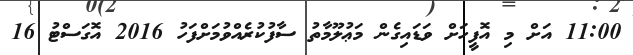
11:00 އަށް މި އޮފީހަށް ވަޑައިގެން މަޢުލޫމާތު ސާފުކުރެއްވުމަށްފަހު 2016 އޮގަސްޓު 16